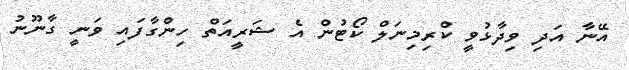
އޭނާ އަދި ވިދާޅުވީ ކްރިމިނަލް ކޯޓުން އެ ޝަރީއަތް ހިންގާފައި ވަނީ ގާނޫނު